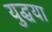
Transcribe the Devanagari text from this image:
युद्धया